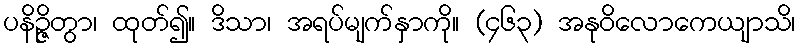
ပနိဉ္ဇိတွာ၊ ထုတ်၍။ ဒိသာ၊ အရပ်မျက်နှာကို။ (၄၆၃) အနုဝိလောကေယျာသိ၊